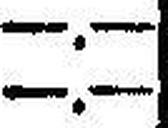
—.—